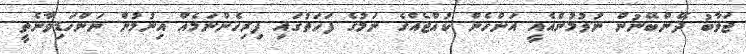
ޖަވާބު ދޭންބޭނުން ނުވުމުންއެއީ އަންހެން ކުއްޖެއްގެ ނަމުގެ ފަހަތުގައި ފިރިހެންނަމެއް އިނުމުން ނަންހަޑިވާނެތީ